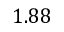
1 . 8 8